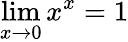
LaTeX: \lim\limits_{x\rightarrow 0}x^{x}=1